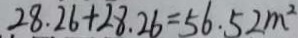
2 8 . 2 6 + 2 8 . 2 6 = 5 6 . 5 2 m ^ { 2 }